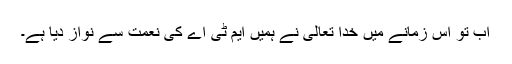
اب تو اس زمانے میں خدا تعالیٰ نے ہمیں ایم ٹی اے کی نعمت سے نواز دیا ہے۔